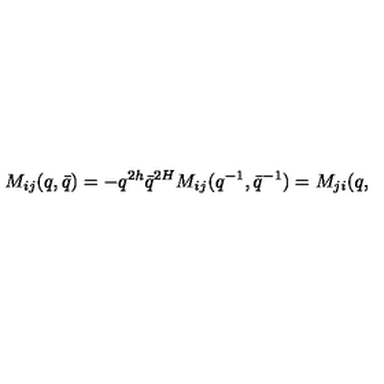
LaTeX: M _ { i j } ( q , \bar { q } ) = - q ^ { 2 h } \bar { q } ^ { 2 H } M _ { i j } ( q ^ { - 1 } , \bar { q } ^ { - 1 } ) = M _ { j i } ( q ,